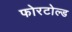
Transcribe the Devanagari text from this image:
फोरटोल्‍ड